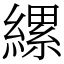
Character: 縲